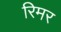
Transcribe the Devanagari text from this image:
रिमर